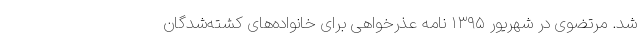
شد. مرتضوی در شهریور ۱۳۹۵ نامه عذرخواهی برای خانواده‌های کشته‌شدگان